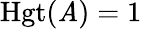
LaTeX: \operatorname{Hgt}(\mathit{A})=1